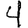
Digit: 4